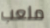
ملعب